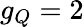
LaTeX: g_{Q}=2